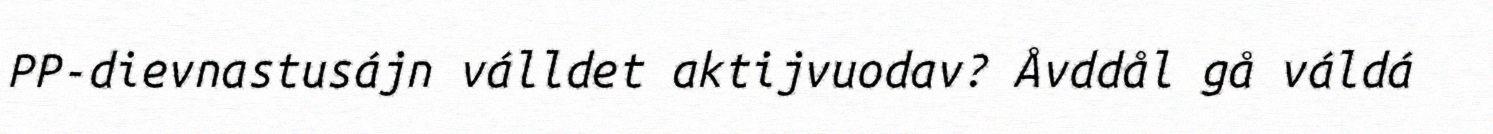
PP-dievnastusájn válldet aktijvuodav? Åvddål gå váldá